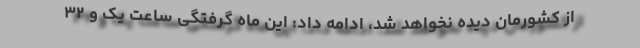
از کشورمان دیده نخواهد شد، ادامه داد: این ماه گرفتگی ساعت یک و ۳۲